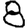
Digit: 8